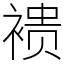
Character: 䙌